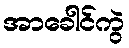
အာခေါင်ကွဲ